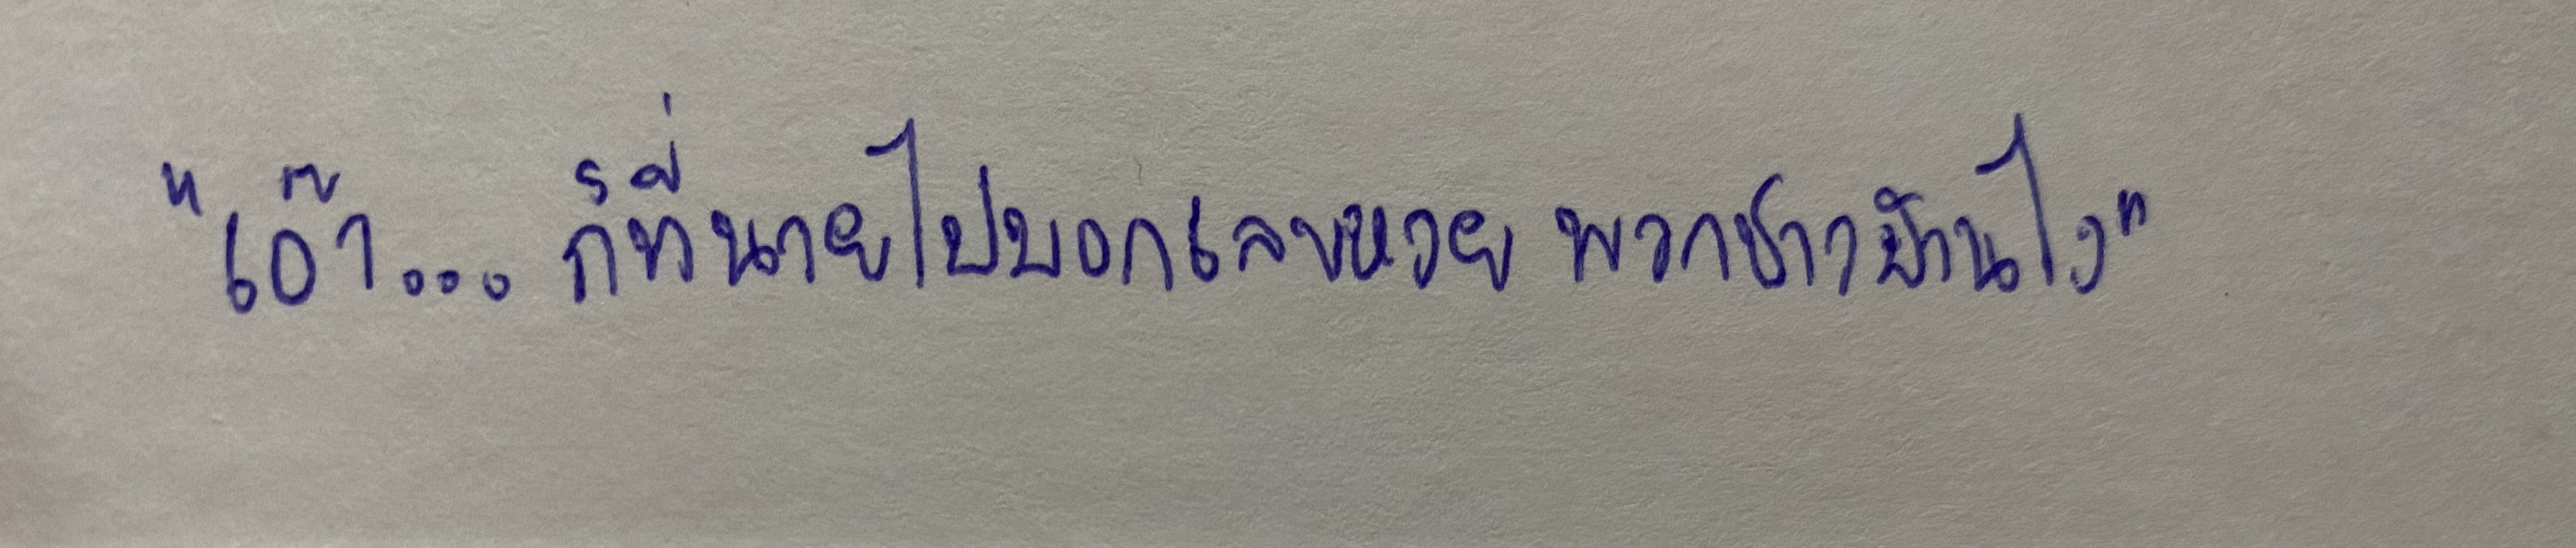
"เอ๊า...ก็ที่นายไปบอกเลขหวยพวกชาวบ้านไง"